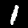
Digit: 1